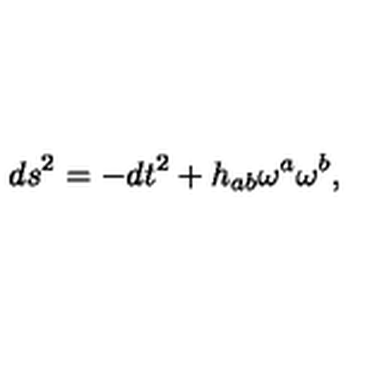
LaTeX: d s ^ { 2 } = - d t ^ { 2 } + h _ { a b } \omega ^ { a } \omega ^ { b } ,